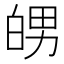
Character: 𤽲